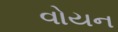
વોયન